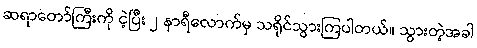
ဆရာတော်ကြီးကို ငဲ့ပြီး ၂ နာရီလောက်မှ သရိုင်သွားကြပါတယ်။ သွားတဲ့အခါ